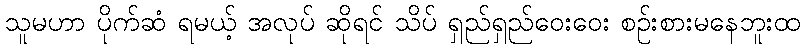
သူမဟာ ပိုက်ဆံ ရမယ့် အလုပ် ဆိုရင် သိပ် ရှည်ရှည်ဝေးဝေး စဉ်းစားမနေဘူးထ